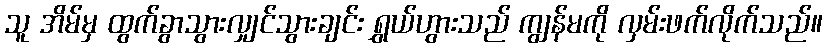
သူ အိမ်မှ ထွက်ခွာသွားလျှင်သွားချင်း ရွှယ်ဟွားသည် ကျွန်မကို လှမ်းဖက်လိုက်သည်။